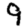
Digit: 9